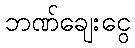
ဘဏ်ချေးငွေ